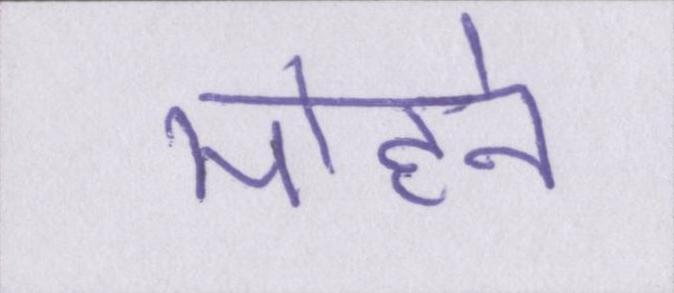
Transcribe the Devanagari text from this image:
मोहने